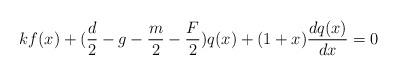
LaTeX: \begin{align*}kf(x)+(\frac d2-g-\frac m2-\frac F2)q(x)+(1+x)\frac{dq(x)}{dx}=0\end{align*}